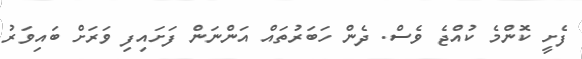
ފެށީ ކޮންމެ ކުއްޖެ ވެސް. ދެން ހަބަރުތައް އަންނަން ފަށައިފި ވަރަށް ބައިވަރު